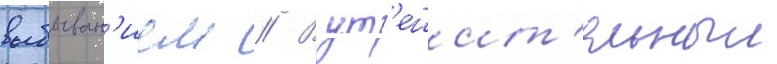
выбыван'ием // В ут'ешит'ельныи